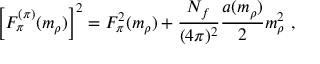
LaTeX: \left[ F _ { \pi } ^ { ( \pi ) } ( m _ { \rho } ) \right] ^ { 2 } = F _ { \pi } ^ { 2 } ( m _ { \rho } ) + \frac { N _ { f } } { ( 4 \pi ) ^ { 2 } } \frac { a ( m _ { \rho } ) } { 2 } m _ { \rho } ^ { 2 } \ ,